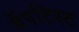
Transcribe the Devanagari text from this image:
बॅपटिस्ट